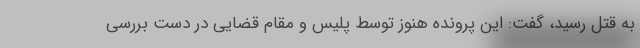
به قتل رسید، گفت: این پرونده هنوز توسط پلیس و مقام قضایی در دست بررسی